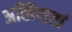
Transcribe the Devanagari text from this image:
अखियातां